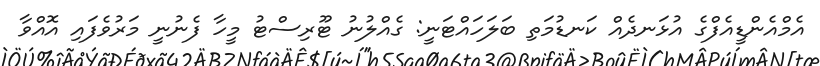
އެމްއެންޑީއެފްގެ އުޅަނދެއް ކަނޑުމަތި ބަލަހައްޓަނީ: ގެއްލުނު ޓޫރިސްޓު މީހާ ފެނުނީ މަރުވެފައި އޮއްވާ